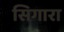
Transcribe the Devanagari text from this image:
सिगारा